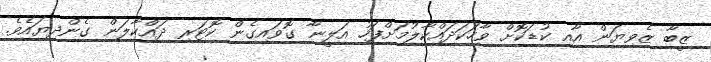
ޒީބާ ޒެވިޔަން އާއި ކުޑަކޮށް ވާހަކަދައްކާލުމަށްފަހު އަލީނާ ގޮވައިގެން ކޮޓަރި ދައްކާލަން ގެންދިޔައެވެ.